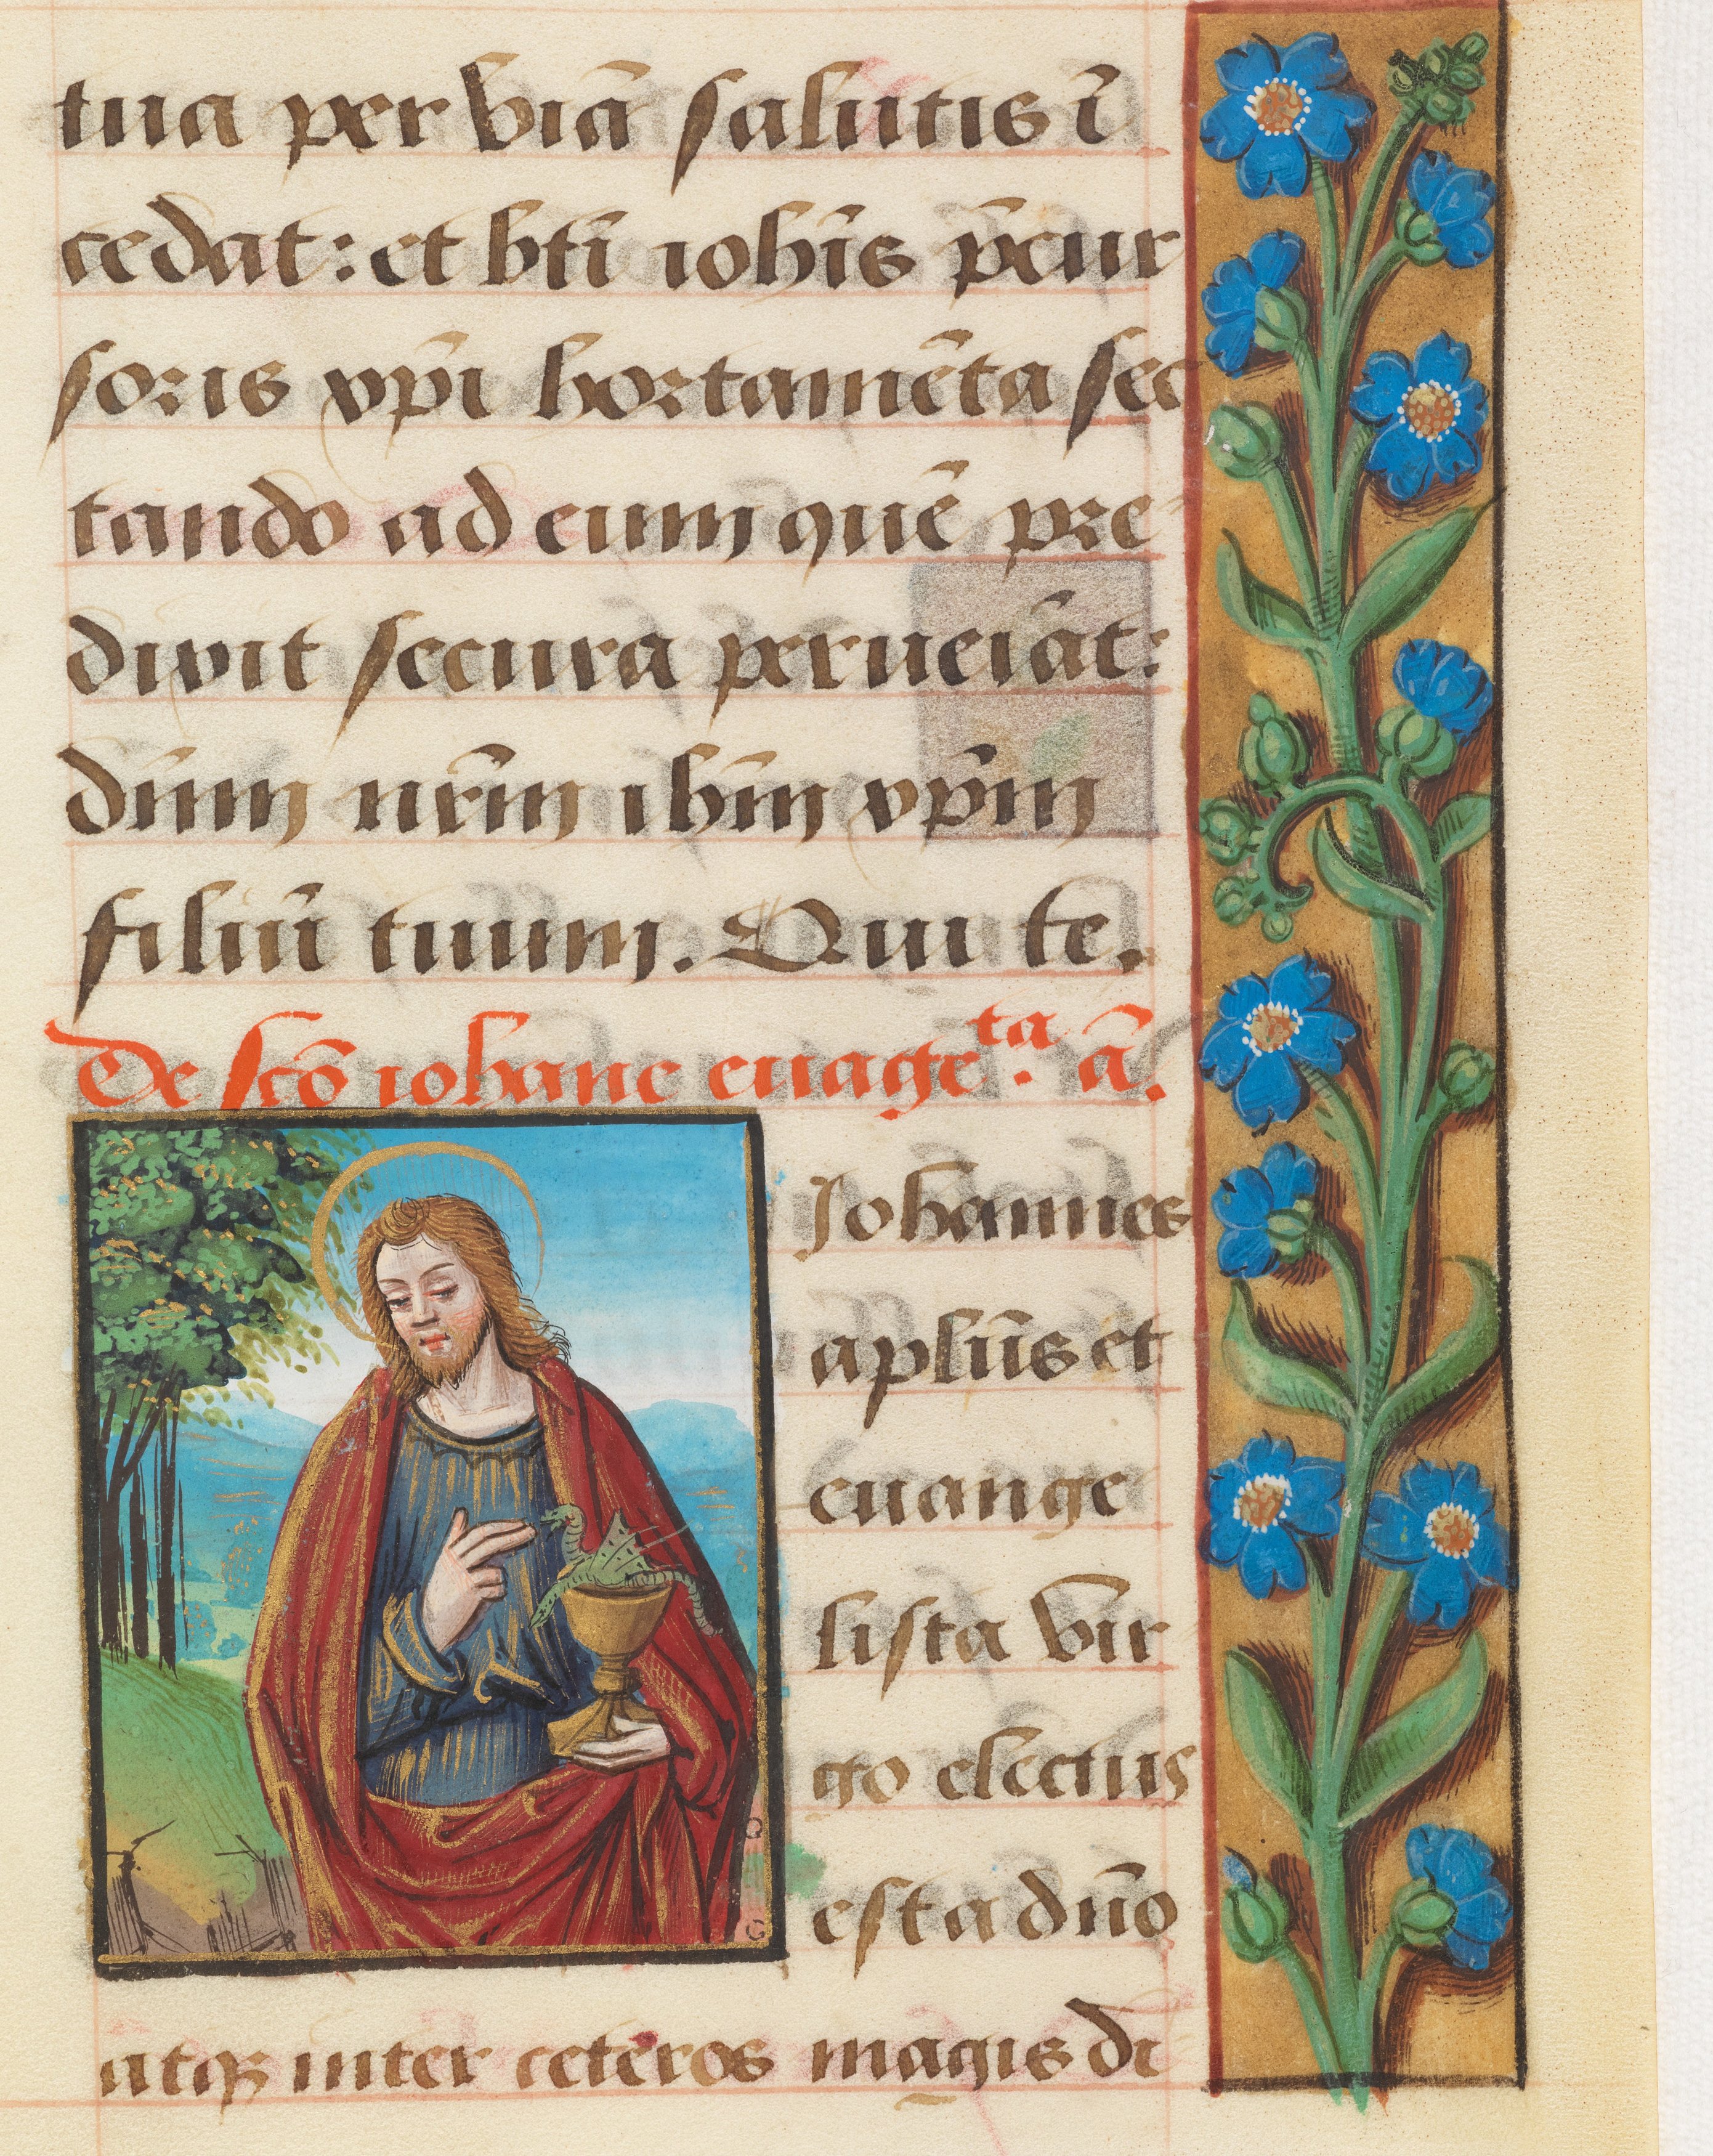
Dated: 1485–1525